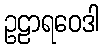
ဥဠာရဝေဒါ